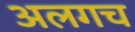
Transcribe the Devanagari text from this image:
अलगच